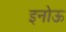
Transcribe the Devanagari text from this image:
इनोऊ